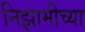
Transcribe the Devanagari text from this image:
निझामीच्या